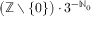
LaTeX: { \bigl ( } \mathbb { Z } \smallsetminus \{ 0 \} { \bigr ) } \cdot 3 ^ { - \mathbb { N } _ { 0 } }